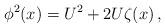
LaTeX: \begin{align*}\phi^2(x)=U^2+2U\zeta(x)\,,\end{align*}